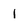
Character: 1